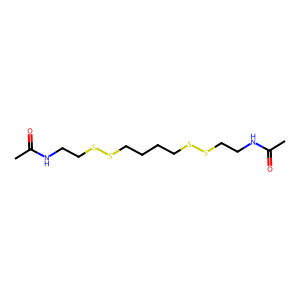
SMILES: CC(=O)NCCSSCCCCSSCCNC(C)=O
Inhibits HIV replication: No